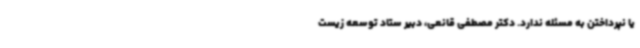
یا نپرداختن به مسئله ندارد. دکتر مصطفی قانعی، دبیر ستاد توسعه زیست